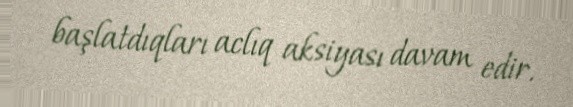
başlatdıqları aclıq aksiyası davam edir.